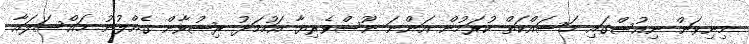
މިނިވަން ނިއުސްގައި މަސައްކަތް ކުރަމުން އަންނަ ނޫސްވެރިޔާ އަހުމަދު ރިޟުވާން ގެއްލުނު މައްސަލައާ